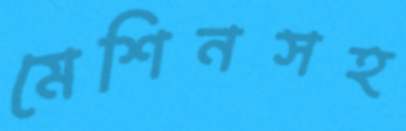
মেশিনসহ